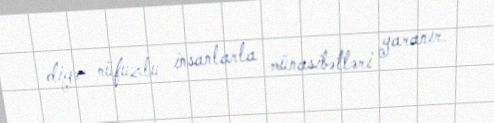
digər nüfuzlu insanlarla münasibətləri yaranır.